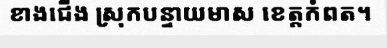
ខាងជើង ស្រុកបន្ទាយមាស ខេត្តកំពត។